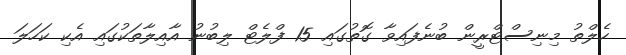
ހެލްތު މިނިސްޓްރީން ބުނެފައިވާ ގޮތުގައި 15 ފްލެޓް ލިބުނު އާއިލާތަކުގައި އެކި ކަހަލަ